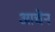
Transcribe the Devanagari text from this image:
आचेन